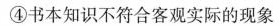
④书本知识不符合客观实际的现象